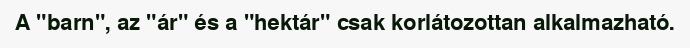
A "barn", az "ár" és a "hektár" csak korlátozottan alkalmazható.